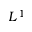
L ^ { 1 }